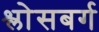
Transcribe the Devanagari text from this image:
श्लोसबर्ग